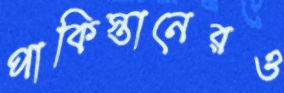
পাকিস্তানেরও